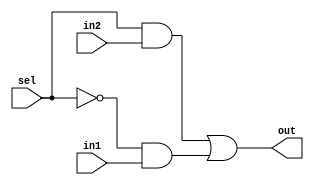
module mux2to1(out, sel, in1, in2);
	input in1, in2, sel;
	output out;
	wire not_set, a1, a2;
	not(not_sel, sel);
	and(a1, sel, in2);
	and (a2, not_sel, in1);
	or(out, a1, a2);
endmodule

module mux4to1(out, sel, in0, in1, in2, in3);
	input in0, in1, in2, in3;
	output out;
	input [1:0] sel;
	reg out;
	always @( in0 or in1 or in2 or in3 or sel)
		if(sel == 2'b00) out = in0;
		else if (sel == 2'b01) out = in1;
		else if (sel == 2'b10) out = in2;
		else if(sel == 2'b11) out = in3;
		else;

endmodule
	
module bit8_2to1mux(out, sel, in1, in2);
	input [7:0] in1, in2;
	output [7:0] out;
	input sel;
	/*
	mux2to1 m0(out[0], sel, in1[0], in2[0]);
	mux2to1 m1(out[1], sel, in1[1], in2[1]);
	mux2to1 m2(out[2], sel, in1[2], in2[2]);
	mux2to1 m3(out[3], sel, in1[3], in2[3]);
	mux2to1 m4(out[4], sel, in1[4], in2[4]);
	mux2to1 m5(out[5], sel, in1[5], in2[5]);
	mux2to1 m6(out[6], sel, in1[6], in2[6]);
	mux2to1 m7(out[7], sel, in1[7], in2[7]);
	*/
	
	//using generate blocks
	genvar j;
	generate for(j = 0; j < 8 ; j = j + 1) begin: mux_loop
	//mux_loop is the name of the loop
	mux2to1 m1(out[j], sel, in1[j], in2[j]);
	end
	endgenerate
endmodule

module bit8_4to1mux(out, sel, in1, in2, in3, in4);
	input [7:0] in1, in2, in3, in4;
	output [7:0] out;
	input [1:0] sel;
	genvar j;
	generate for(j =0 ; j < 8 ; j = j + 1) begin: mux_loop
	mux4to1 m2( out[j], sel, in1[j], in2[j], in3[j], in4[j]);
	end
	endgenerate
endmodule

module bit32_2to1mux(out, sel, in1, in2);
	input [31:0] in1, in2;
	output [31:0] out;
	input sel;
	bit8_2to1mux b1( out[7:0], sel, in1[7:0], in2[7:0]);
	bit8_2to1mux b2(out[15:8], sel , in1[15:8], in2[15:8]);
	bit8_2to1mux b3(out[23:16], sel, in1[23:16], in2[23:16]);
	bit8_2to1mux b4(out[31:24], sel, in1[31:24], in2[31:24]);
	endmodule

module bit32_4to1mux(out, sel, in1, in2, in3, in4);
	input [31:0] in1, in2, in3, in4;
	output [31:0] out;
	input [1:0] sel;
	genvar j;
	generate for(j = 0 ; j < 4 ; j = j + 1) begin: looop
		bit8_4to1mux b1(out[(j + 1)*8 - 1 :j*8], sel, in1[(j + 1)*8 - 1 :j*8], in2[(j + 1)*8 - 1 :j*8], in3[(j + 1)*8 - 1 :j*8], in4[(j + 1)*8 - 1 :j*8]);
	end
	endgenerate
endmodule

/*
module tb_32_2to1mux;
	reg[31:0] INP1, INP2;
	reg SEL;
	wire [31:0] out;
	bit32_8to1mux M1(out, SEL, INP1, INP2);
	initial
	$monitor("INP1 = %b, INP2 = %b, SEL = %b, OUT=%b", INP1, INP2, SEL, out);
	initial
	begin
		INP1 = 32'b10101010_00000001_10110011_00001111;
		INP2 = 32'b01010101_11001100_00110011_11100011;
		SEL = 1'b0;
		#100 SEL = 1'b1;
		#1000 $finish;
	end
endmodule
*/

/*
module tb_32_4to1mux;
	reg[31:0] INP1, INP2, INP3, INP4;
	reg [1:0] SEL;
	wire [31:0] out;
	bit32_4to1mux M1(out, SEL, INP1, INP2, INP3, INP4);
	initial
	$monitor("INP1 = %b, INP2 = %b, INP3 = %b, INP4 = %b, SEL = %b, OUT=%b", INP1, INP2, INP3, INP4 ,SEL, out);
	initial
	begin
		INP1 = 32'b10101010_00000001_10110011_00001111;
		INP2 = 32'b01010101_11001100_00110011_11100011;
		INP3 = 32'b00000000_00000000_00000000_00111111;
		INP4 = 32'b11111111_11111111_00010010_11010101;
		SEL = 2'b00;
		#100 SEL = 2'b11;
		#200 SEL = 2'b01;
		#300 SEL = 2'b10;
		#1000 $finish;
	end
endmodule
*/